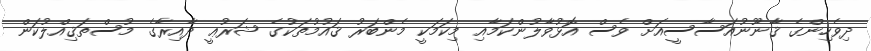
ދިވެހިންގެ ޤާނޫނުއަސާސީއަށް ވެސް އޮޅުވާލުންކަމާއި މިކަމަކީ މެންބަރު ޤައުމުތަކުގެ ޝަރުޢީ ދާއިރާގެ މުސްތަޤިއްލުކަން